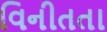
વિનીતતા